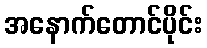
အနောက်တောင်ပိုင်း